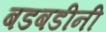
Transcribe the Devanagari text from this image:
बडबडीनी